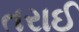
તરાઈ